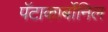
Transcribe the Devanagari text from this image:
पॅटाकार्बोनिल